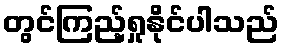
တွင်ကြည့်ရှုနိုင်ပါသည်